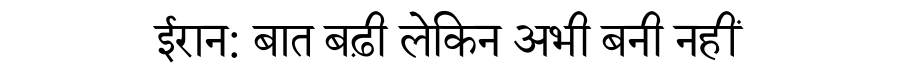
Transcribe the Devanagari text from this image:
ईरान: बात बढ़ी लेकिन अभी बनी नहीं